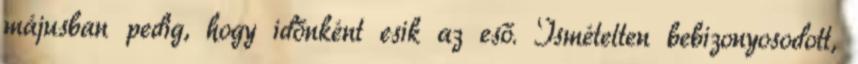
májusban pedig, hogy időnként esik az eső. Ismételten bebizonyosodott,